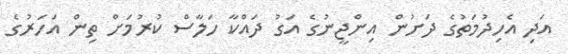
އަދި އެހިދުމަތުގެ ދަށުން އިންޖީނުގެ އަގު ދައްކާ ހަލާސް ކުރުމަށް ތިން އަހަރުގެ